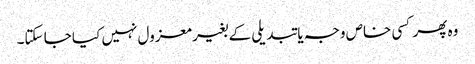
وہ پھر کسی خاص وجہ یا تبدیلی کے بغیر معزول نہیں کیا جا سکتا۔